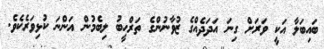
ބައިބަލާ އަކީ ވަރަށް ގިނަ އަދަދެއްގެ ޒުވާނުންގެ ތަރްޙީބު ލިބެމުން އަންނަ ކުޅިވަރެކެވެ.